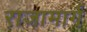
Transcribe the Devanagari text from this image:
राजामार्ग